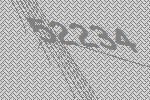
52234